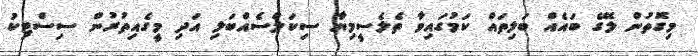
މިގޮތުން ލޭގެ ބައެއް ބަލިތައް ކަމުގައިވާ ތެލެސީމިޔާ ސިކަލްސެއްބަލި އަދި މީގެއިތުރުން ސިސްޓިކު